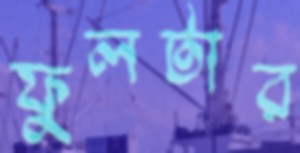
ফুলটার